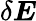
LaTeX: \delta\boldsymbol{E}